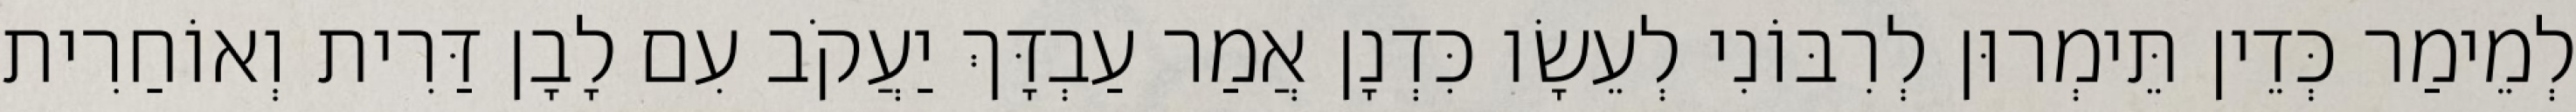
לְמֵימַר כְּדֵין תֵּימְרוּן לְרִבּוֹנִי לְעֵשָׂו כִּדְנָן אֲמַר עַבְדָּךְ יַעֲקֹב עִם לָבָן דַּרִית וְאוֹחַרִית